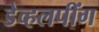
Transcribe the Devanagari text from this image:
डेव्हलपींग